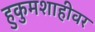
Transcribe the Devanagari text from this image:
हुकुमशाहीवर